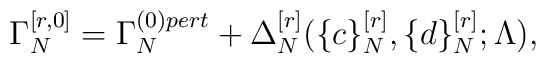
\Gamma_N^{[r,0]}=\Gamma_N^{(0)pert}+\Delta_N^{[r]}                \big(\{c\}_N^{[r]},\{d\}_N^{[r]};\Lambda\big),